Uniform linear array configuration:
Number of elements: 8
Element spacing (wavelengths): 1
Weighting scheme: uniform
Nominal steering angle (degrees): -15
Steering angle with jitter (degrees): -13.39
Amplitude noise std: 0.05
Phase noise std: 0.05

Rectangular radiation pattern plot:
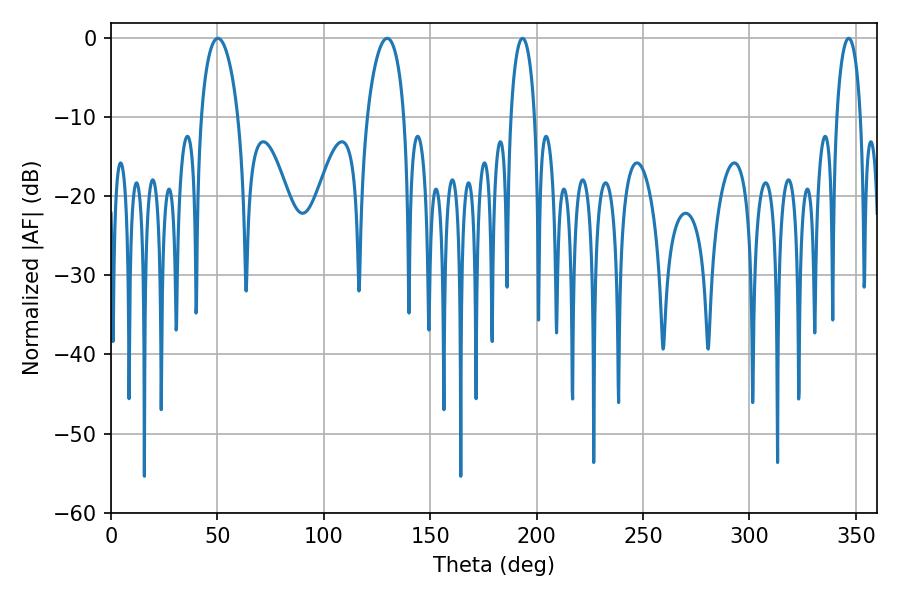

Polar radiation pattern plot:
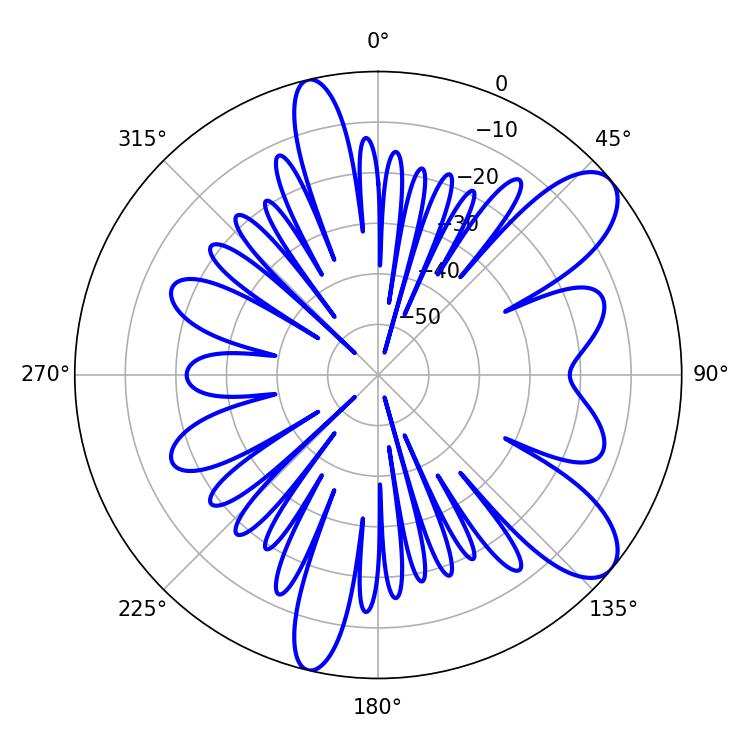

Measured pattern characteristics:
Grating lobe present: TRUE
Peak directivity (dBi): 9.3
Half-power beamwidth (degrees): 9.9
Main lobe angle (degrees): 50.22